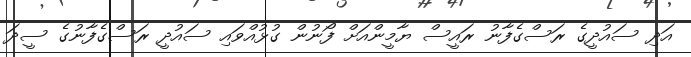
އަދި ސައުދީގެ ރަސްގެފާނު ރައީސް ޔާމީންއަށް ފޯނުން ގުޅުއްވައި ސައުދީ ރަސްގެފާނުގެ ސީދަ